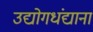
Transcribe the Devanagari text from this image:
उद्योगधंद्याना